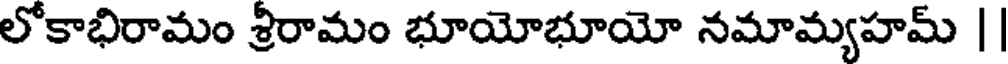
లోకాభిరామం శ్రీరామం భూయోభూయో నమామ్యహమ్ |